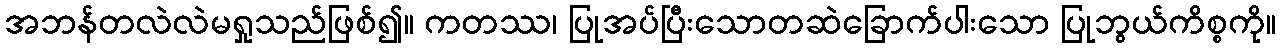
အဘန်တလဲလဲမရှုသည်ဖြစ်၍။ ကတဿ၊ ပြုအပ်ပြီးသောတဆဲခြောက်ပါးသော ပြုဘွယ်ကိစ္စကို။